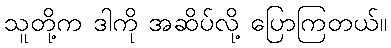
သူတို့က ဒါကို အဆိပ်လို့ ပြောကြတယ်။